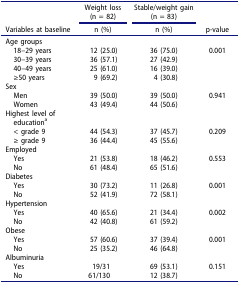
<table><thead><tr><td><b> </b></td><td><b>Weight loss (n = 82)</b></td><td><b>Stable/weight gain (n = 83)</b></td><td><b> </b></td></tr><tr><td><b>Variables at baseline</b></td><td><b>n (%)</b></td><td><b>n (%)</b></td><td><b>p-value</b></td></tr></thead><tbody><tr><td>Age groups</td><td> </td><td> </td><td> </td></tr><tr><td> 18–29 years</td><td>12 (25.0)</td><td>36 (75.0)</td><td>0.001</td></tr><tr><td> 30–39 years</td><td>36 (57.1)</td><td>27 (42.9)</td><td> </td></tr><tr><td> 40–49 years</td><td>25 (61.0)</td><td>16 (39.0)</td><td> </td></tr><tr><td> ≥50 years</td><td>9 (69.2)</td><td>4 (30.8)</td><td> </td></tr><tr><td>Sex</td><td> </td><td> </td><td> </td></tr><tr><td> Men</td><td>39 (50.0)</td><td>39 (50.0)</td><td>0.941</td></tr><tr><td> Women</td><td>43 (49.4)</td><td>44 (50.6)</td><td> </td></tr><tr><td>Highest level of education<sup>a</sup></td><td> </td><td> </td><td> </td></tr><tr><td> &lt; grade 9</td><td>44 (54.3)</td><td>37 (45.7)</td><td>0.209</td></tr><tr><td> ≥ grade 9</td><td>36 (44.4)</td><td>45 (55.6)</td><td> </td></tr><tr><td>Employed</td><td> </td><td> </td><td> </td></tr><tr><td> Yes</td><td>21 (53.8)</td><td>18 (46.2)</td><td>0.553</td></tr><tr><td> No</td><td>61 (48.4)</td><td>65 (51.6)</td><td> </td></tr><tr><td>Diabetes</td><td> </td><td> </td><td> </td></tr><tr><td> Yes</td><td>30 (73.2)</td><td>11 (26.8)</td><td>0.001</td></tr><tr><td> No</td><td>52 (41.9)</td><td>72 (58.1)</td><td> </td></tr><tr><td>Hypertension</td><td> </td><td> </td><td> </td></tr><tr><td> Yes</td><td>40 (65.6)</td><td>21 (34.4)</td><td>0.002</td></tr><tr><td> No</td><td>42 (40.8)</td><td>61 (59.2)</td><td> </td></tr><tr><td>Obese</td><td> </td><td> </td><td> </td></tr><tr><td> Yes</td><td>57 (60.6)</td><td>37 (39.4)</td><td>0.001</td></tr><tr><td> No</td><td>25 (35.2)</td><td>46 (64.8)</td><td> </td></tr><tr><td>Albuminuria</td><td> </td><td> </td><td> </td></tr><tr><td> Yes</td><td>19/31</td><td>69 (53.1)</td><td>0.151</td></tr><tr><td> No</td><td>61/130</td><td>12 (38.7)</td><td> </td></tr></tbody></table>